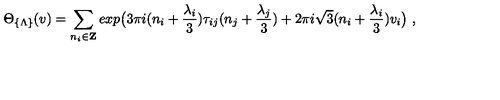
\Theta _ { \{ \Lambda \} } ( v ) = \sum _ { n _ { i } \in { \bf Z } } e x p \bigl ( 3 \pi i ( n _ { i } + \frac { \lambda _ { i } } { 3 } ) \tau _ { i j } ( n _ { j } + \frac { \lambda _ { j } } { 3 } ) + 2 \pi i \sqrt { 3 } ( n _ { i } + \frac { \lambda _ { i } } { 3 } ) v _ { i } \bigr ) \ ,